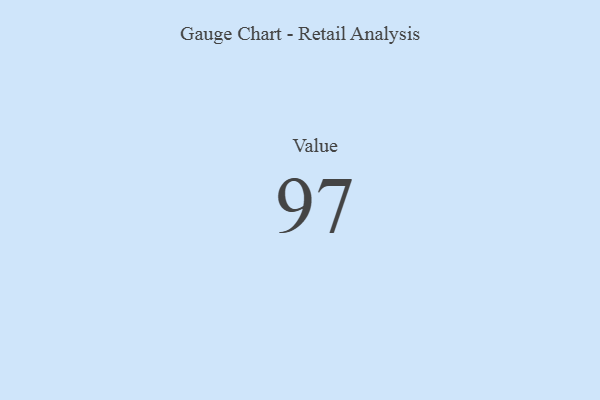
{"axis": {"x": "Metric", "y": "Value"}, "legend": [""], "data": [{"x": "Value", "y": 97, "type": ""}]}